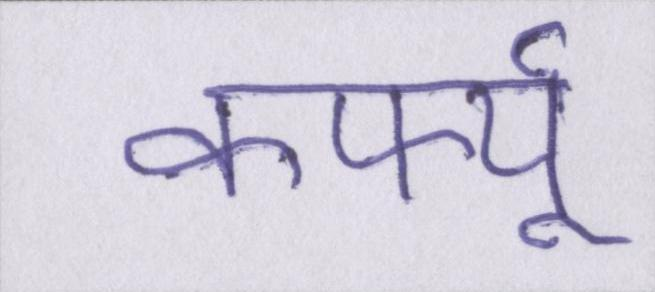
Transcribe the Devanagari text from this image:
कर्फ्यू